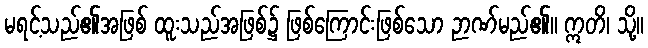
မရင့်သည်၏အဖြစ် ထူးသည်အဖြစ်၌ ဖြစ်ကြောင်းဖြစ်သော ဉာဏ်မည်၏။ ဣတိ၊ သို့။